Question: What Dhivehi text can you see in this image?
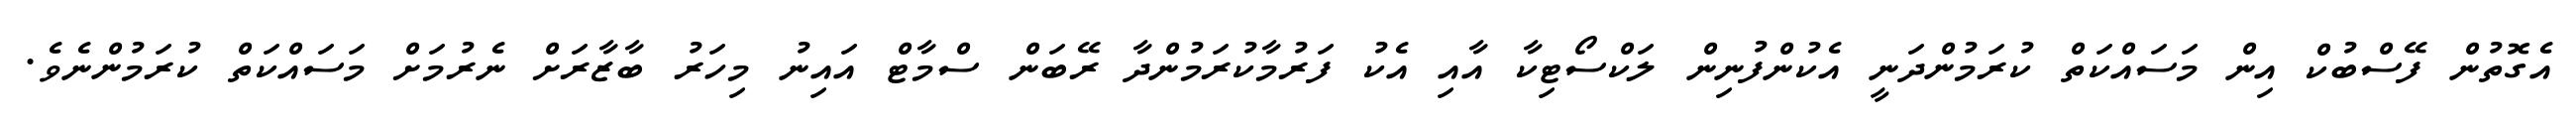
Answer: އެގޮތުން ފޭސްބުކް އިން މަސައްކަތް ކުރަމުންދަނީ އެކުންފުނިން ލަކްސޯޓިކާ އާއި އެކު ފަރުމާކުރަމުންދާ ރޭބަން ސްމާޓް އައިނު މިހަރު ބާޒާރަށް ނެރުމަށް މަސައްކަތް ކުރަމުންނެވެ.